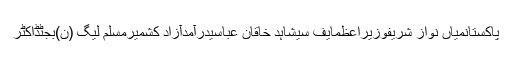
پاکستانمیاں نواز شریفوزیراعظمایف سیشاہد خاقان عباسیدرآمدآزاد کشمیرمسلم لیگ (ن)بجٹڈاکٹر